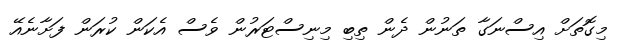
މިގޮތަށް އިސްނަގާ ތަނުން ދެން ތިބި މިނިސްޓަރުން ވެސް އެކަން ކުރަން ފަށާނެއޭ